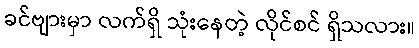
ခင်ဗျားမှာ လက်ရှိ သုံးနေတဲ့ လိုင်စင် ရှိသလား။